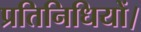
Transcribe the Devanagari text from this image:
प्रतिनिधियों।